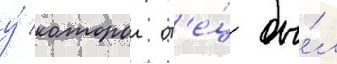
у́ которои от'е́ц бы́л